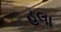
હલા